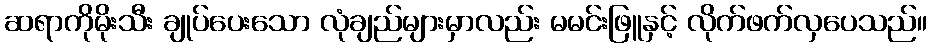
ဆရာကိုမိုးသီး ချုပ်ပေးသော လုံချည်များမှာလည်း မမင်းဖြူနှင့် လိုက်ဖက်လှပေသည်။